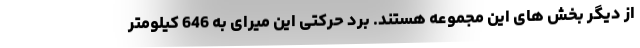
از دیگر بخش های این مجموعه هستند. برد حرکتی این میرای به 646 کیلومتر